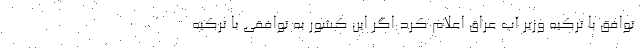
توافق با ترکیه وزیر آب عراق اعلام کرد اگر این کشور به توافقی با ترکیه